Mental hospitals Bombay report 1929-33 - 1929-1933
Year: 1929
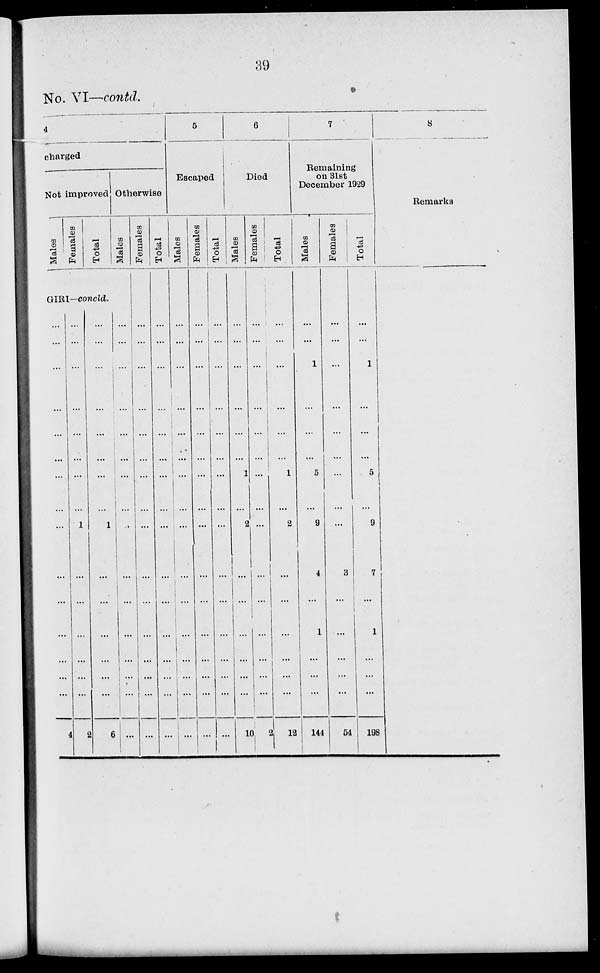
39
No. VI—contd.
4
charged
Not improved
Males
Females
Total
Otherwise
Males
GIRI—concld.
...
...
...
...
...
...
...
...
...
...
...
...
...
...
...
4
...
...
...
...
...
...
...
...
1
...
...
...
...
...
...
2
...
...
...
...
...
...
...
...
1
...
...
...
...
...
...
6
...
...
...
...
...
...
...
...
...
...
...
...
...
...
...
...
Females
...
...
...
...
...
...
...
...
...
...
...
...
...
...
...
...
Total
...
...
...
...
...
...
...
...
...
...
...
...
...
...
...
...
5
Escaped
Males
...
...
...
...
...
...
...
...
...
...
...
...
...
...
...
...
Females
...
...
...
...
...
...
...
...
...
...
...
...
...
...
...
...
Total
...
...
...
...
...
...
...
...
...
...
...
...
...
...
...
...
6
Died
Males
...
...
...
...
...
...
1
...
2
...
...
...
...
...
...
10
Females
...
...
...
...
...
...
...
...
...
...
...
...
...
...
...
2
Total
...
...
...
...
...
...
1
...
2
...
...
...
...
...
...
12
7
Remaining
on 31st
December 1929
Males
...
...
1
...
...
...
5
...
9
4
...
1
...
...
...
144
Females
...
...
...
...
...
...
...
...
...
3
...
...
...
...
...
54
Total
...
...
1
...
...
...
5
...
9
7
...
1
...
...
...
198
8
Remarks